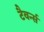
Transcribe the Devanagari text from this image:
टैवर्न्स